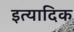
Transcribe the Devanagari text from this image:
इत्यादिक